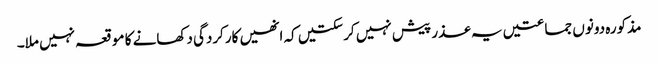
مذکورہ دونوں جماعتیں یہ عذر پیش نہیں کرسکتیں کہ انھیں کارکردگی دکھانے کا موقعہ نہیں ملا۔